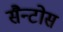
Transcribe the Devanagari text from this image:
सैन्टोस